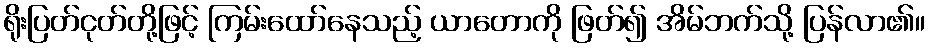
ရိုးပြတ်ငုတ်တို့ဖြင့် ကြမ်းထော်နေသည့် ယာတောကို ဖြတ်၍ အိမ်ဘက်သို့ ပြန်လာ၏။